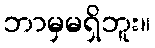
ဘာမှမရှိဘူး။